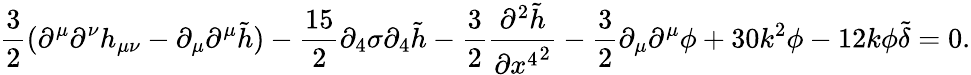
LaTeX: \frac{3}{2}(\partial^{\mu}\partial^{\nu}h_{\mu\nu}-\partial_{\mu}\partial^{\mu}\tilde{h})-\frac{15}{2}\partial_{4}\sigma\partial_{4}\tilde{h}-\frac{3}{2}\frac{\partial^{2}\tilde{h}}{\partial{x^{4}}^{2}}-\frac{3}{2}\partial_{\mu}\partial^{\mu}\phi+30k^{2}\phi-12k\phi\tilde{\delta}=0.